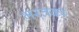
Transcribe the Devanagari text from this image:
भरतका